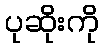
ပုဆိုးကို